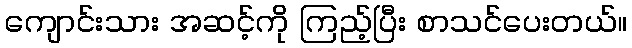
ကျောင်းသား အဆင့်ကို ကြည့်ပြီး စာသင်ပေးတယ်။